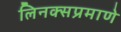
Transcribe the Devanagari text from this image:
लिनक्सप्रमाणे